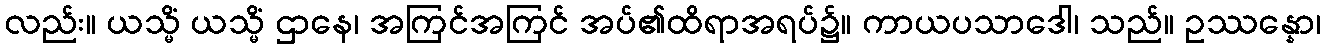
လည်း။ ယသ္မိံ ယသ္မိံ ဌာနေ၊ အကြင်အကြင် အပ်၏ထိရာအရပ်၌။ ကာယပသာဒေါ၊ သည်။ ဥဿန္နော၊